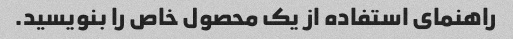
راهنمای استفاده از یک محصول خاص را بنویسید.